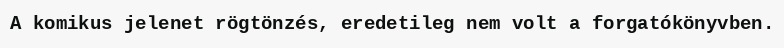
A komikus jelenet rögtönzés, eredetileg nem volt a forgatókönyvben.